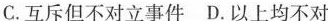
C. 互斥但不对立事件D. 以上均不对